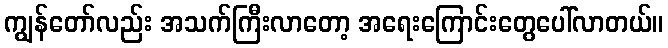
ကျွန်တော်လည်း အသက်ကြီးလာတော့ အရေးကြောင်းတွေပေါ်လာတယ်။